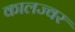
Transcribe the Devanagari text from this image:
कालज्वर